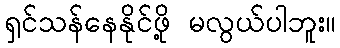
ရှင်သန်နေနိုင်ဖို့ မလွယ်ပါဘူး။